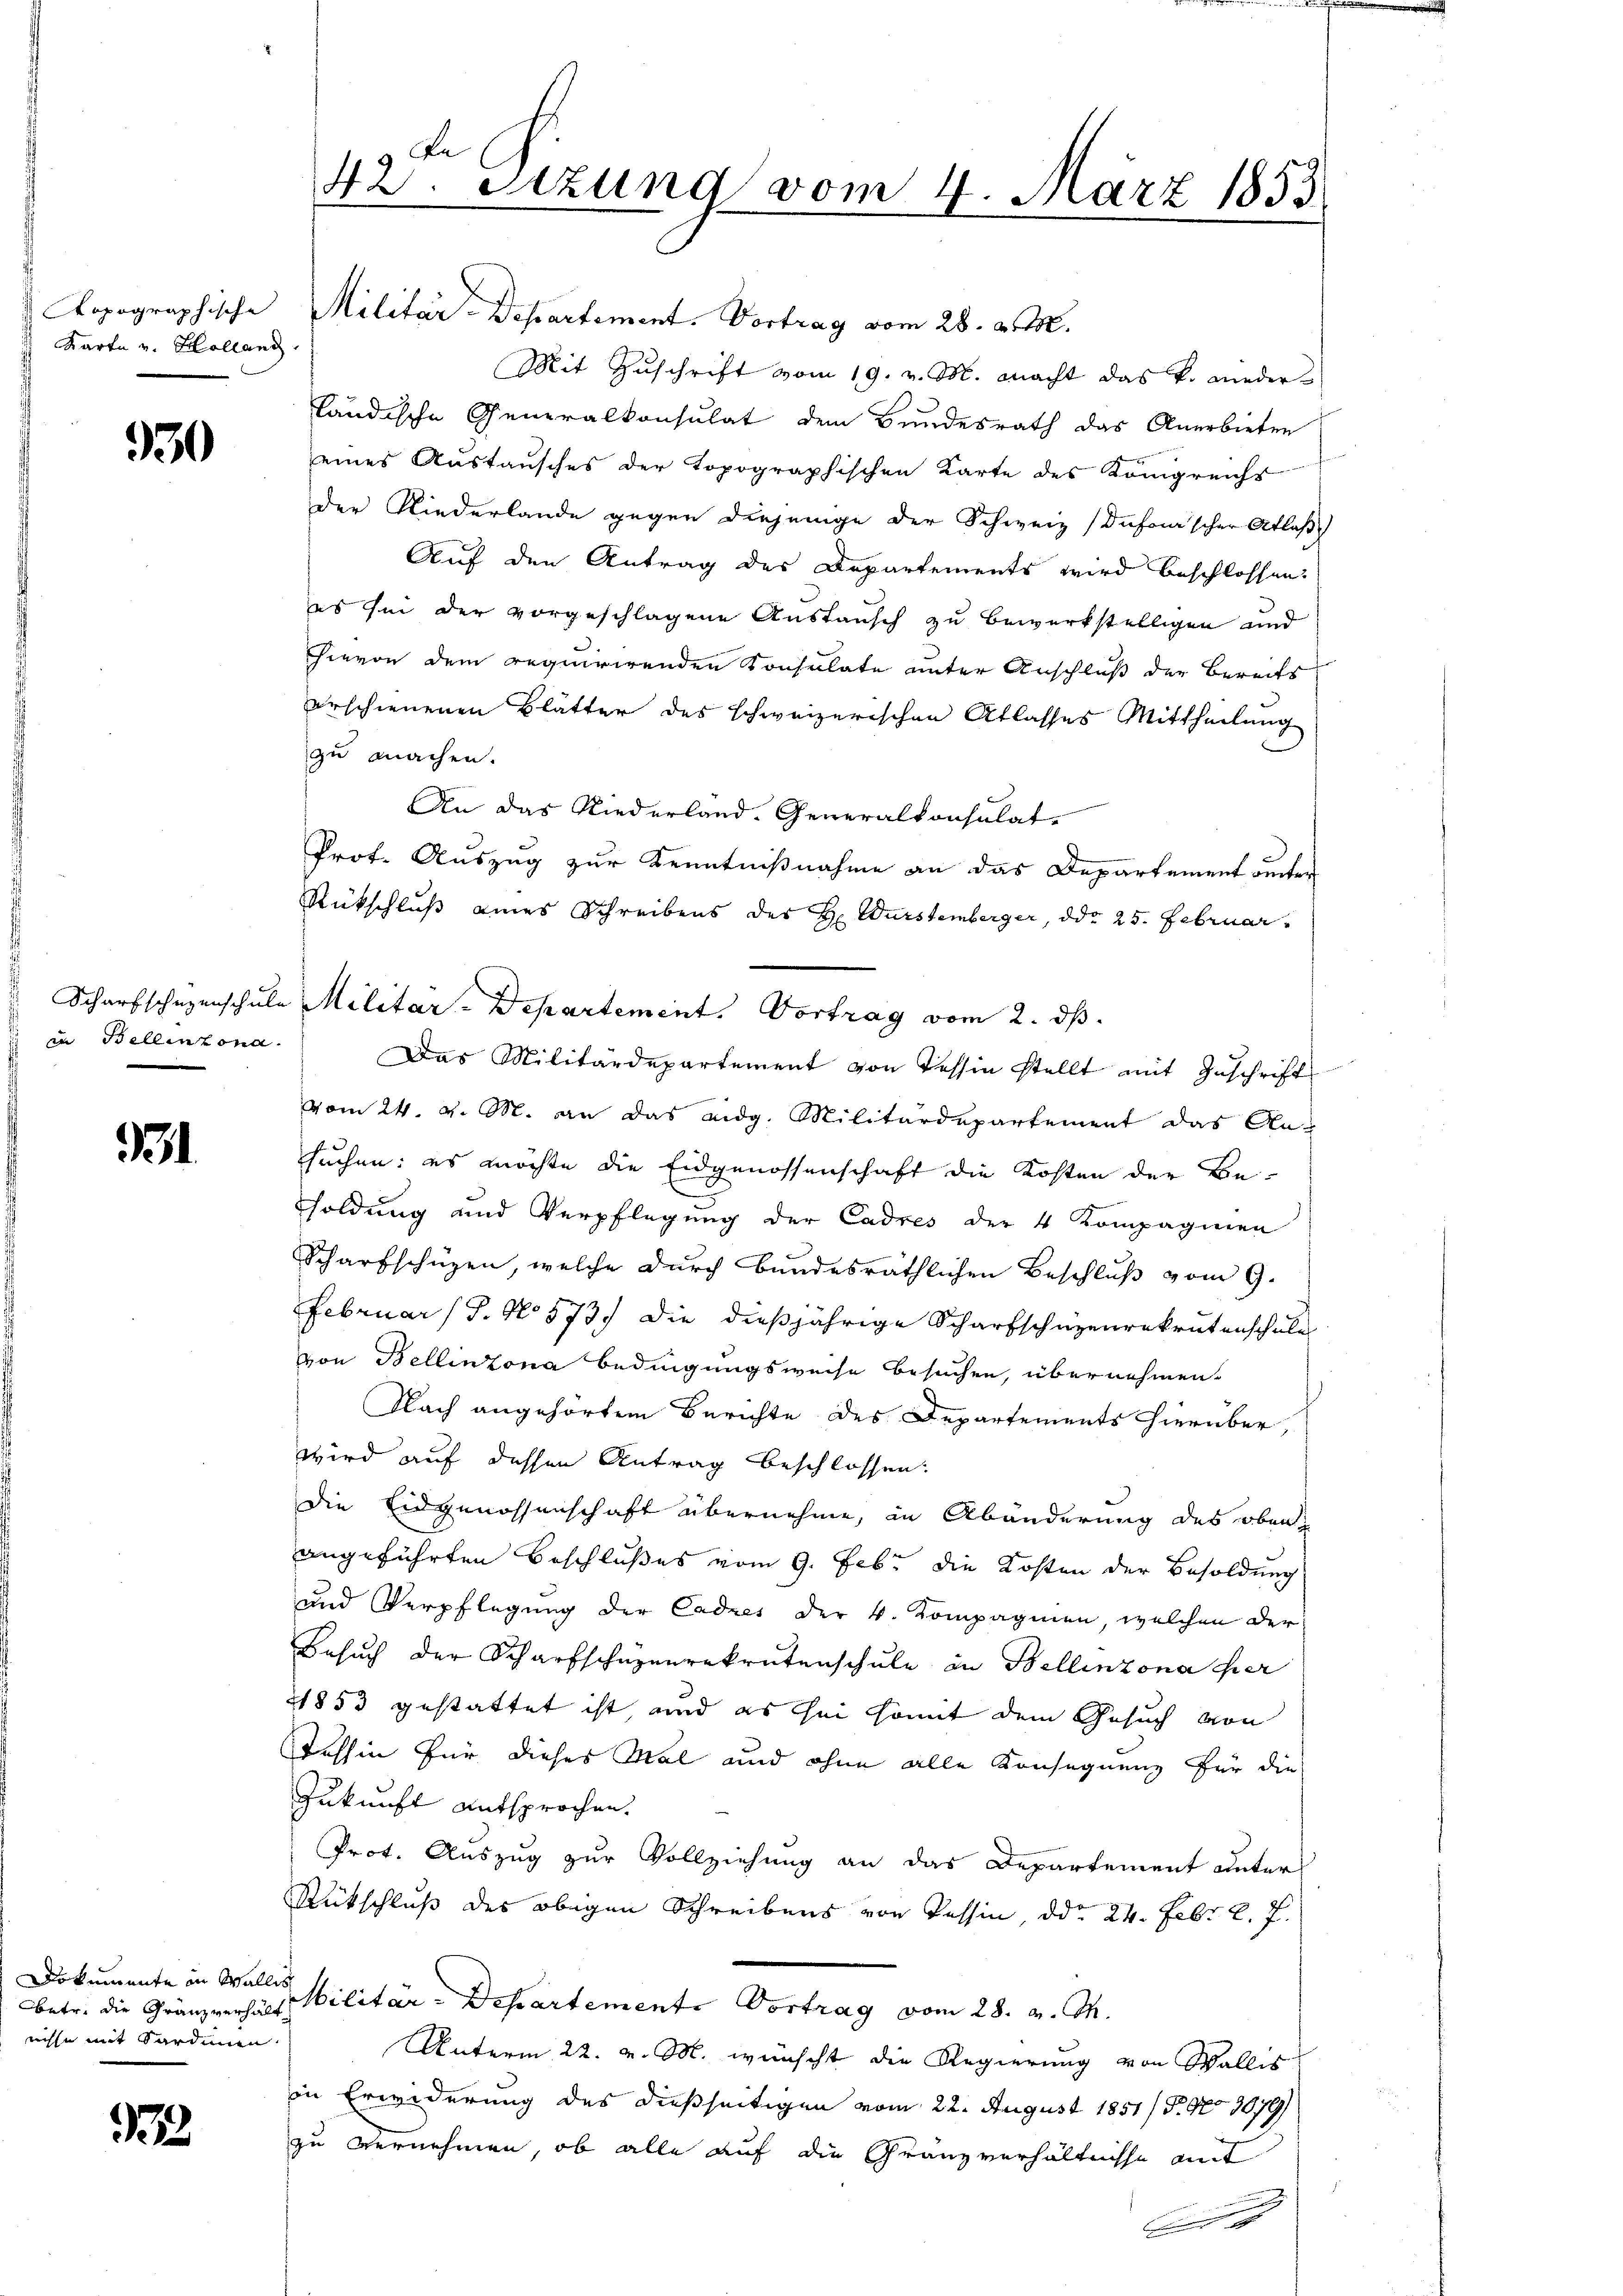
Karte v. Kolland.

930

in Bellinzona.

931

Dokumente in Wallis
nisse mit Sardinen

1222

42. Setzung vom 4. März 1853

Copographische Militär-Departement. Vortrag vom 28. d. M.
Mit Zuschrift vom 19. v. M. macht das k. wiederländische Generalkonsulat dem Bundesrath das Anerbieten
eines Aŭstaŭsches der topographischen Karte des Königreichs
der Niederlande gegen diejenige der Schweiz (Dufonischer Atlas
Auf den Antrag des Departements wird beschlossen.
es sei der vorgeschlagene Austausch zu bewerkstelligen und
Hievon dem requirirenden Konsulate unter Anschluß der Bereits
erschienenen Blätter des schweizerischen Atlasses Mittheilung
zu machen.
An das Niederland. Generalkonsulat
Prot. Auszug zur Kenntnißnahme an das Departement unter
Rückschluß eines Schreibens des H. Wurstemberger, ddo 25. Februar
Scharfschazenschule Militar-Departement. Vortrag vom 2. ds.
Das Militärdepartement von Tessin stellt mit Zuschrift
vom 24. v. M. an das eidg. Militärdepartement das An-
suchen: es möchte die Eidgenossenschaft die Kosten der Be-
soldung und Verpflegung der Cadres der 4 Kompagnien
Scharfschüzen, welche durch bundesräthlichen Beschluß vom 9.
Februar (S. No 573.) Die dießjährige Scharfschüzenrekrutenschule
von Bellinzona Bedingungsweise besuchen, übernehmen.
Nach angehörtem Berichte des Departements hierüber,
wird auf dessen Antrag beschlossen.
die Eidgenossenschaft übernehme, in Abänderung des oben
angeführten Beschlußes vom 9. Febr. die Kosten der Besoldung
und Verpflegung der Cadres der 4. Kompagnien, welchen der
Besuch der Scharfschuzenrekrutenschule in Bellinzona hier
11853 gestattet ist und es sei somit dem Gesuch von
Tessin für dieses Mal und ohne alle Konsequenz für die
Zukunft entsprochen.
Prot. Auszug zur Vollziehung an das Departement unter
Rückschluß des obigen Schreibens von Tessin ddo 24. Febr. 2. 7.
betr. die Gränzverhält Militär-Departemente Vortrag vom 28. v. M.
Unterm 22. v. M. wünscht die Regierung von Wallis
in Erwiderung des dießseitigen vom 22. August 1851/ P. No 1079/
zu vernehmen, ob alle auf die Franzverhältnisse mit